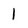
Character: l